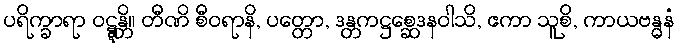
ပရိက္ခာရာ ဝဋ္ဋန္တိ။ တီဏိ စီဝရာနိ, ပတ္တော, ဒန္တကဋ္ဌစ္ဆေဒနဝါသိ, ဧကာ သူစိ, ကာယဗန္ဓနံ